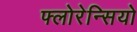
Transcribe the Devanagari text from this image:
फ्लोरेन्सियो